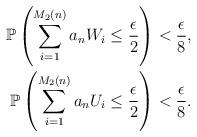
LaTeX: \begin{align*}\mathbb{P}\left(\sum_{i=1}^{M_{2}\left(n\right)}a_{n}W_{i}\leq\frac{\epsilon}{2}\right) & <\frac{\epsilon}{8},\\\mathbb{P}\left(\sum_{i=1}^{M_{2}\left(n\right)}a_{n}U_{i}\leq\frac{\epsilon}{2}\right) & <\frac{\epsilon}{8}.\end{align*}